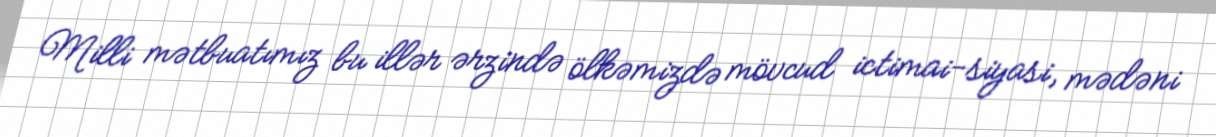
Milli mətbuatımız bu illər ərzində ölkəmizdə mövcud ictimai-siyasi, mədəni